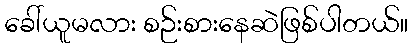
ခေါ်ယူမလား စဉ်းစားနေဆဲဖြစ်ပါတယ်။